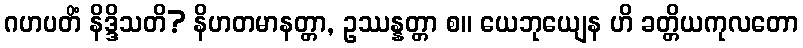
ဂဟပတိံ နိဒ္ဒိသတိ? နိဟတမာနတ္တာ, ဥဿန္နတ္တာ စ။ ယေဘုယျေန ဟိ ခတ္တိယကုလတော